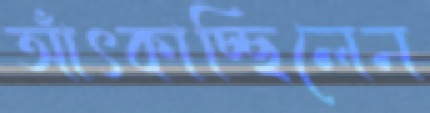
আঁৎকাচ্ছিলেন